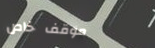
موقف خاص